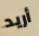
أريد